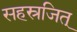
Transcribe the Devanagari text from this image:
सहस्रजित्